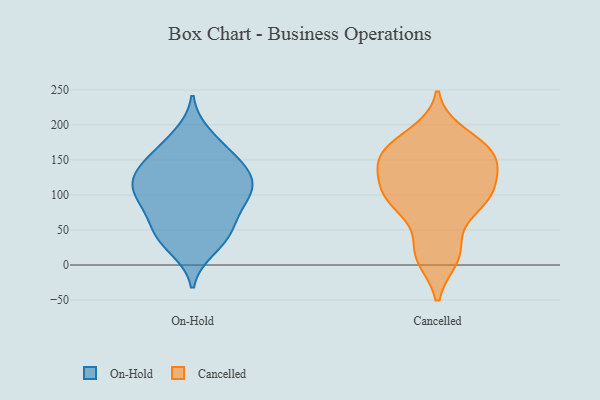
{"axis": {"x": "LTV (USD)", "y": "Value"}, "legend": ["Cancelled", "On-Hold"], "data": [{"x": "", "y": 67, "type": "On-Hold"}, {"x": "", "y": 130, "type": "On-Hold"}, {"x": "", "y": 143, "type": "On-Hold"}, {"x": "", "y": 111, "type": "On-Hold"}, {"x": "", "y": 53, "type": "On-Hold"}, {"x": "", "y": 30, "type": "On-Hold"}, {"x": "", "y": 90, "type": "On-Hold"}, {"x": "", "y": 103, "type": "On-Hold"}, {"x": "", "y": 52, "type": "On-Hold"}, {"x": "", "y": 93, "type": "On-Hold"}, {"x": "", "y": 107, "type": "On-Hold"}, {"x": "", "y": 23, "type": "On-Hold"}, {"x": "", "y": 186, "type": "On-Hold"}, {"x": "", "y": 126, "type": "On-Hold"}, {"x": "", "y": 99, "type": "On-Hold"}, {"x": "", "y": 156, "type": "On-Hold"}, {"x": "", "y": 147, "type": "On-Hold"}, {"x": "", "y": 43, "type": "On-Hold"}, {"x": "", "y": 175, "type": "On-Hold"}, {"x": "", "y": 133, "type": "On-Hold"}, {"x": "", "y": 146, "type": "Cancelled"}, {"x": "", "y": 87, "type": "Cancelled"}, {"x": "", "y": 99, "type": "Cancelled"}, {"x": "", "y": 88, "type": "Cancelled"}, {"x": "", "y": 166, "type": "Cancelled"}, {"x": "", "y": 101, "type": "Cancelled"}, {"x": "", "y": 109, "type": "Cancelled"}, {"x": "", "y": 186, "type": "Cancelled"}, {"x": "", "y": 90, "type": "Cancelled"}, {"x": "", "y": 24, "type": "Cancelled"}, {"x": "", "y": 11, "type": "Cancelled"}, {"x": "", "y": 159, "type": "Cancelled"}, {"x": "", "y": 168, "type": "Cancelled"}, {"x": "", "y": 15, "type": "Cancelled"}, {"x": "", "y": 156, "type": "Cancelled"}, {"x": "", "y": 146, "type": "Cancelled"}, {"x": "", "y": 132, "type": "Cancelled"}]}